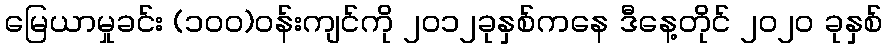
မြေယာမှုခင်း (၁၀၀)ဝန်းကျင်ကို ၂၀၁၂ခုနှစ်ကနေ ဒီနေ့တိုင် ၂၀၂၀ ခုနှစ်